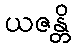
ယဇန္တိ